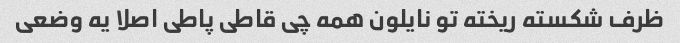
ظرف شکسته ریخته تو نایلون همه چی قاطی پاطی اصلا یه وضعی